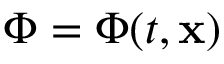
\Phi = \Phi ( t , \mathbf { x } )